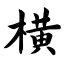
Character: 横